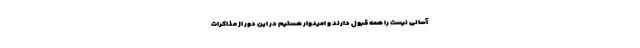
آسانی نیست را همه قبول دارند و امیدوار هستیم در این دور از مذاکرات